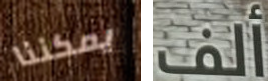
يمكننا ألف